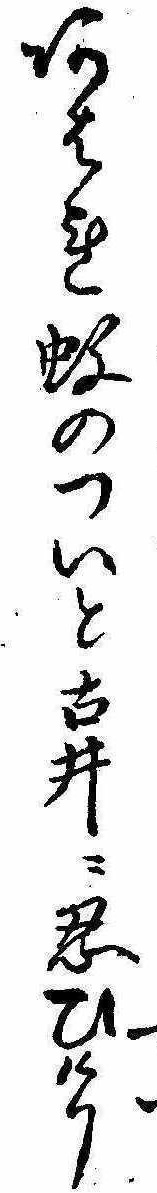
あはれ蚊のついと古井に忍ひけり